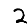
Digit: 2